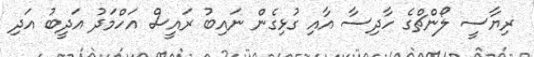
ރިޔާސީ ލޯންޗްގެ ހާދިސާ އާއި ގުޅިގެން ނައިބު ރައީސް އަހްމަދު އަދީބު އަދި